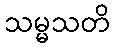
သမ္မသတိ